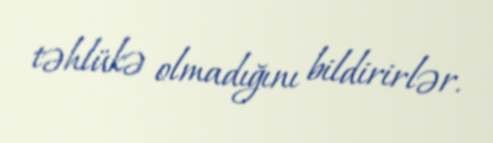
təhlükə olmadığını bildirirlər.